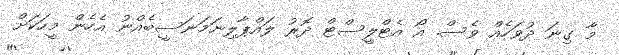
މާ ގިނަ ދުވަހެއް ވެސް. އޯ އެޓްލީސްޓް ދޮރު ލައްޕާލިނަމަނަސީބެއްނު އެހެން މީހަކަށް